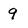
Character: 9